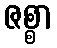
ဇစ္စာ